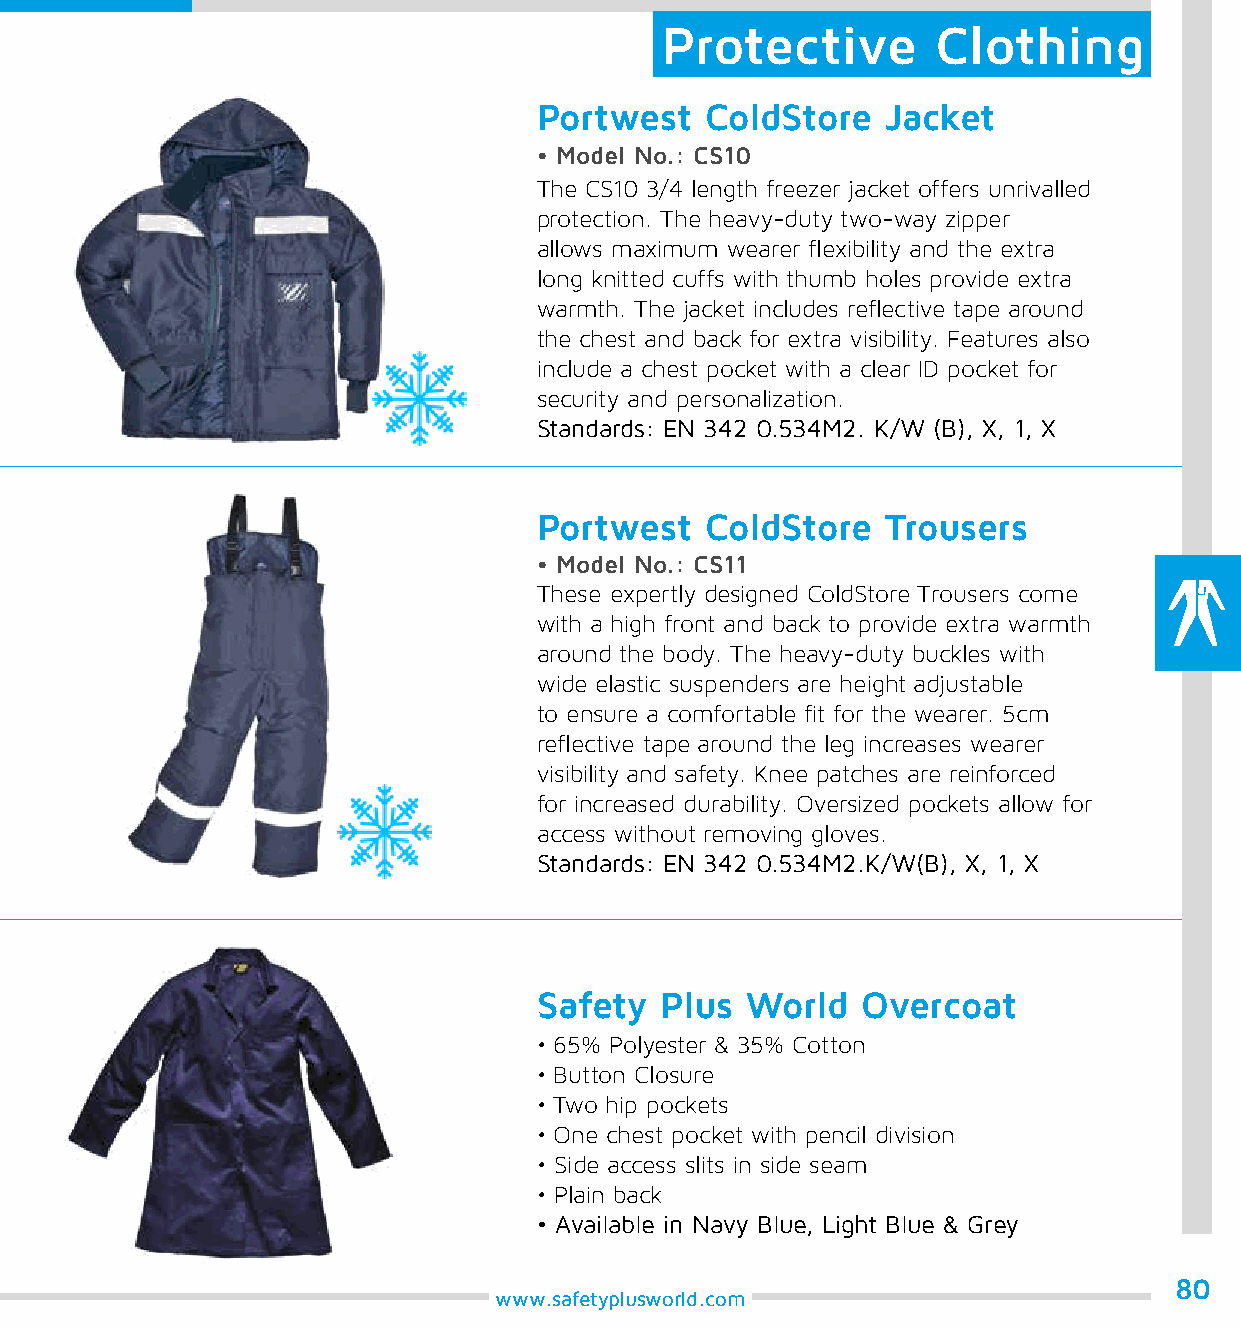
Protective        Clothing
 Portwest   ColdStore   Jacket
 • Model No.: CS10
 The CS10 3/4 length freezer jacket offers unrivalled
 protection. The heavy-duty two-way zipper
 allows maximum wearer flexibility and the extra
 long knitted cuffs with thumb holes provide extra
 warmth. The jacket includes reflective tape around
 the chest and back for extra visibility. Features also
 include a chest pocket with a clear ID pocket for
 security and personalization.
 Standards: EN 342 0.534M2. K/W (B), X, 1, X
 Portwest   ColdStore   Trousers
 • Model No.: CS11
 These expertly designed ColdStore Trousers come
 with a high front and back to provide extra warmth
 around the body. The heavy-duty buckles with
 wide elastic suspenders are height adjustable
 to ensure a comfortable fit for the wearer. 5cm
 reflective tape around the leg increases wearer
 visibility and safety. Knee patches are reinforced
 for increased durability. Oversized pockets allow for
 access without removing gloves.
 Standards: EN 342 0.534M2.K/W(B), X, 1, X
 Safety  Plus World   Overcoat
 • 65% Polyester & 35% Cotton
 • Button Closure
 • Two hip pockets
 • One chest pocket with pencil division
 • Side access slits in side seam
 • Plain back
 • Available in Navy Blue, Light Blue & Grey
 80
 www.safetyplusworld.com